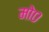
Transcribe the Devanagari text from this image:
मो०